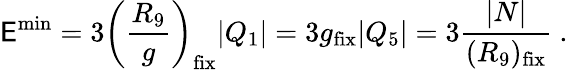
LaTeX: \mathsf{E}^{\mathrm{{min}}}=3\left({\frac{{R_{9}}}{{g}}}\right)_{\mathrm{{fix}}}|Q_{1}|=3g_{\mathrm{{fix}}}|Q_{5}|=3{\frac{{|N|}}{{(R_{9})_{\mathrm{{fix}}}}}}\ .